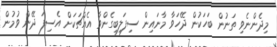
މިދެންނެވި ތަނުން ބަހަކުން ދޭހަވާ މާނައިން ސިފަލިބިގެންވާ އެއްޗަކަށް އެސިފަ ދޭން ވުމުން